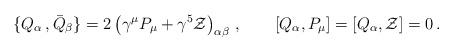
LaTeX: \begin{align*}\{ Q_\alpha\,, {\bar Q}_\beta \}=2\left(\gamma^\mu P_\mu +\gamma^5 {\cal Z}\right)_{\alpha\beta}\, ,\qquad \left[Q_\alpha, P_\mu\right]=\left[Q_\alpha, {\cal Z}\right]=0\,.\end{align*}